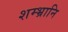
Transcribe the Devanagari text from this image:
शम्भ्रानि